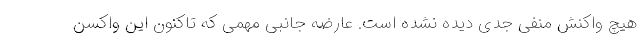
هیچ واکنش منفی جدی دیده نشده است. عارضه جانبی مهمی که تاکنون این واکسن